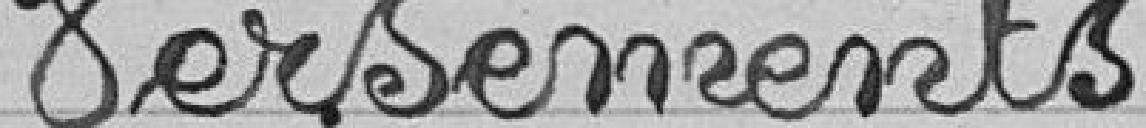
Versements